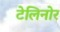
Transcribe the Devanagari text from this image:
टेलिनोर